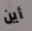
أين